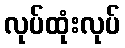
လုပ်ထုံးလုပ်